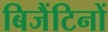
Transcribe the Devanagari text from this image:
बिजैंटिनों